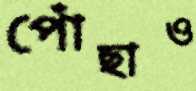
পোঁছাও